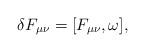
LaTeX: \begin{align*}\delta F_{\mu\nu}=[ F_{\mu\nu},\omega],\end{align*}